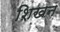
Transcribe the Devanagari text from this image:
शिखन